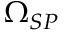
{ \Omega } _ { S P }